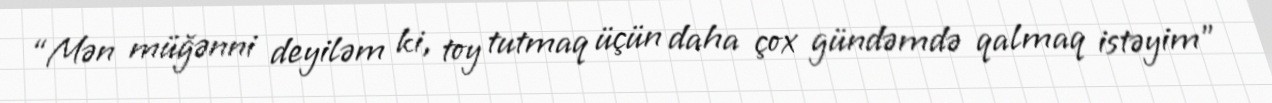
“Mən müğənni deyiləm ki, toy tutmaq üçün daha çox gündəmdə qalmaq istəyim”